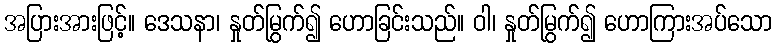
အပြားအားဖြင့်။ ဒေသနာ၊ နှုတ်မြွက်၍ ဟောခြင်းသည်။ ဝါ၊ နှုတ်မြွက်၍ ဟောကြားအပ်သော